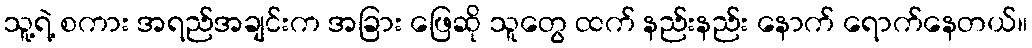
သူ့ရဲ့ စကား အရည်အချင်းက အခြား ဖြေဆို သူတွေ ထက် နည်းနည်း နောက် ရောက်နေတယ်။